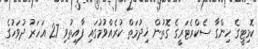
ކޮމިޓީގެ ހިންގާ ސެކްރެޓަރީގެ ގޮތުން ޚިދުމަތް ކުރެއްވުމުގައި ފާއިތުވި 27 އަހަރު ދުވަހުގެ